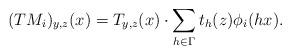
LaTeX: \begin{align*}(TM_i)_{y,z}(x)=T_{y,z}(x)\cdot \sum_{h\in \Gamma}t_h(z)\phi_i(hx).\end{align*}